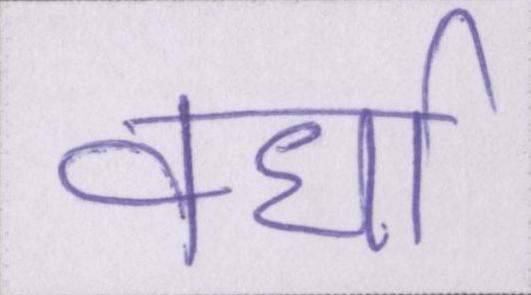
वर्धा